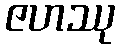
ဇဟဿု